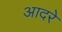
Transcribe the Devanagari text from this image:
आदरे